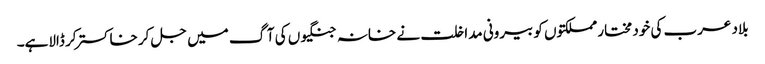
بلاد عرب کی خود مختار مملکتوں کو بیرونی مداخلت نے خانہ جنگیوں کی آگ میں جل کر خاکستر کر ڈالاہے۔